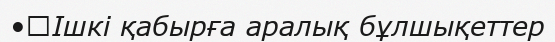
•	Ішкі қабырға аралық бұлшықеттер